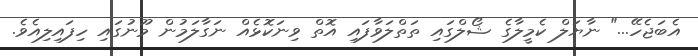
އެބަޖެހޭ..." ނާޔަލް ކެމީލާގެ ޝޯލްގައި ތަތްލަވާފައި އޮތް ވިނަކޮޅެއް ނަގާލަމުން މޫނުގައި ހިފައިލިއެވެ.